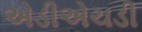
એડીએચડી